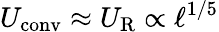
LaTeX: U_{\mathrm{conv}}\approx U_{\mathrm{R}}\propto\ell^{1/5}